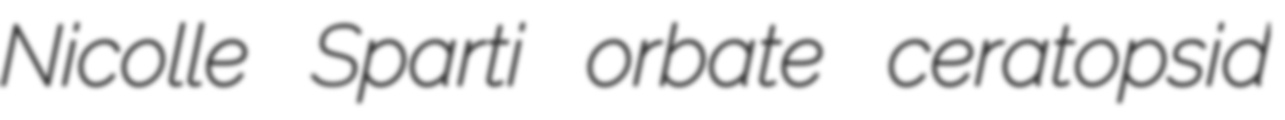
Nicolle Sparti orbate ceratopsid